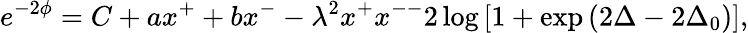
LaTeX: e^{-2\phi}=C+ax^{+}+bx^{-}-\lambda^{2}x^{+}x^{--}2\log{[1+\exp{(2\Delta-2\Delta_{0})}]},